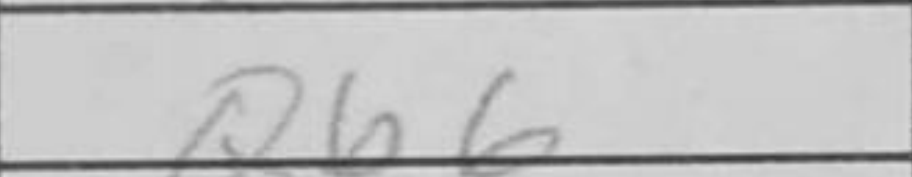
Transcription: Qb6